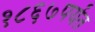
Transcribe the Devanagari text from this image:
१८६७पर्यंत